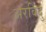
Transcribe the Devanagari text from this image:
अरविदु